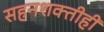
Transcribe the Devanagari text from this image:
सहनशक्तीही